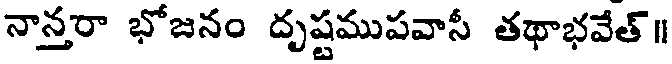
నాన్తరా భోజనం దృష్టముపవాసీ తథాభవేత్